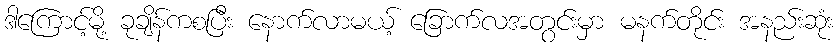
ဒါကြောင့်မို့ ခုချိန်ကစပြီး နောက်လာမယ့် ခြောက်လအတွင်းမှာ မနက်တိုင်း အနည်းဆုံး